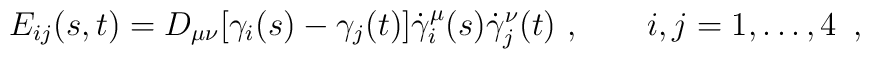
E_{ij}(s,t) = D_{\mu \nu}\bigl[ \gamma_i(s) -\gamma_j(t) \bigr]\dot\gamma_i^\mu(s) \dot\gamma_j^\nu(t) \ , \qquad i,j=1,\dots ,4\ \, ,